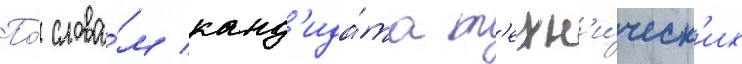
По́ слова́м канд'ида́та т'ехн'и́ческ'их